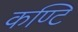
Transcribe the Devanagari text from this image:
कण्टि